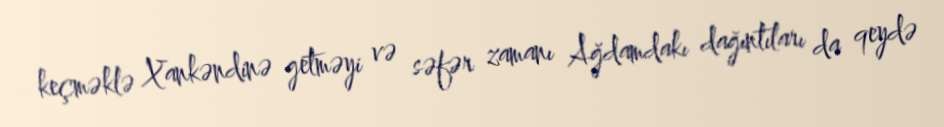
keçməklə Xankəndinə getməyi və səfər zamanı Ağdamdakı dağıntıları da qeydə